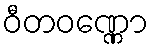
ဝီတဝဏ္ဏော